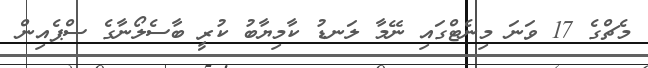
މެޗްގެ 17 ވަނަ މިނެޓްގައި ނޭމާ ލަނޑު ކާމިޔާބު ކުރީ ބާސެލޯނާގެ ސްޕެއިން